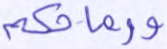
ورماحكم